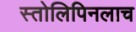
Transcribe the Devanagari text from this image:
स्तोलिपिनलाच